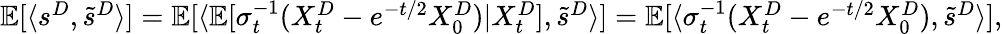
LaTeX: \begin{array}{r}{\mathbb{E}[\langle s^{D},\tilde{s}^{D}\rangle]=\mathbb{E}[\langle\mathbb{E}[\sigma_{t}^{-1}(X_{t}^{D}-e^{-t/2}X_{0}^{D})|X_{t}^{D}],\tilde{s}^{D}\rangle]=\mathbb{E}[\langle\sigma_{t}^{-1}(X_{t}^{D}-e^{-t/2}X_{0}^{D}),\tilde{s}^{D}\rangle],}\end{array}